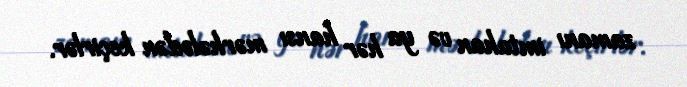
zamanı imtahan və ya hər hansı mərhələdən keçirlər.